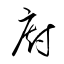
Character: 廚